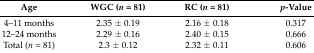
| Age | WGC (n = 81) | RC (n = 81) | p-Value |
 | --- | --- | --- | --- |
 | 4–11 months | 2.35 ± 0.19 | 2.16 ± 0.18 | 0.317 |
 | 12–24 months | 2.29 ± 0.16 | 2.40 ± 0.15 | 0.666 |
 | Total (n = 81) | 2.3 ± 0.12 | 2.32 ± 0.11 | 0.606 |